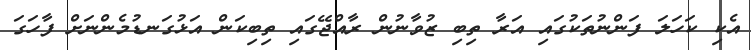
އެކި ކަހަލަ ފަންނުތަކުގައި އަރާ ތިބި ޒުވާނުން ރާއްޖޭގައި ތިބިކަން އަޅުގަނޑުމެންނަށް ފާހަގަ